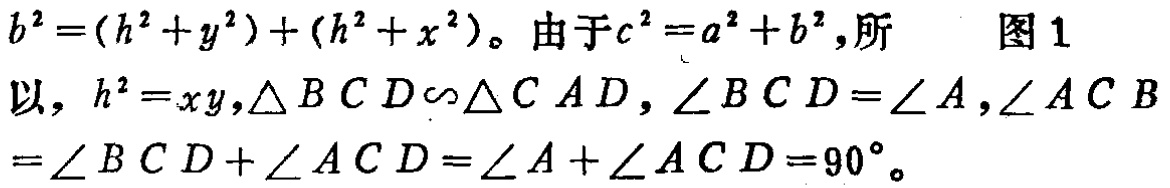
\(b^{2}=(h^{2}+y^{2})+(h^{2}+x^{2})\)。由于\(c^{2}=a^{2}+b^{2}\)，所 图1

以，\(h^{2}=xy,\triangle BCD\sim\triangle CAD\)，\(\angle BCD=\angle A\)，\(\angle ACB=\angle BCD+\angle ACD=\angle A+\angle ACD = 90^{\circ}\)。